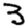
Digit: 3